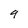
Character: 9